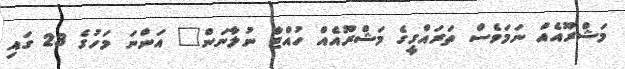
މަޝްރޫއެއް ނަމަވެސް ތަރައްގީގެ މަޝްރޫއެއް ހުއްޓާ ނުލާނަން" އަންނަ މަހުގެ 23 ގައި